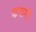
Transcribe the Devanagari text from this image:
करूगी